Bréfritari: Soffía Daníelsdóttir
Viðtakandi: Jakobína Magnúsdóttir og Daníel Halldórsson
Dagsetning: A-1904-11-29
Skrifað á: Skeggjastöðum  N-Múl.
Soffía var dóttir Jakobínu og Daníels

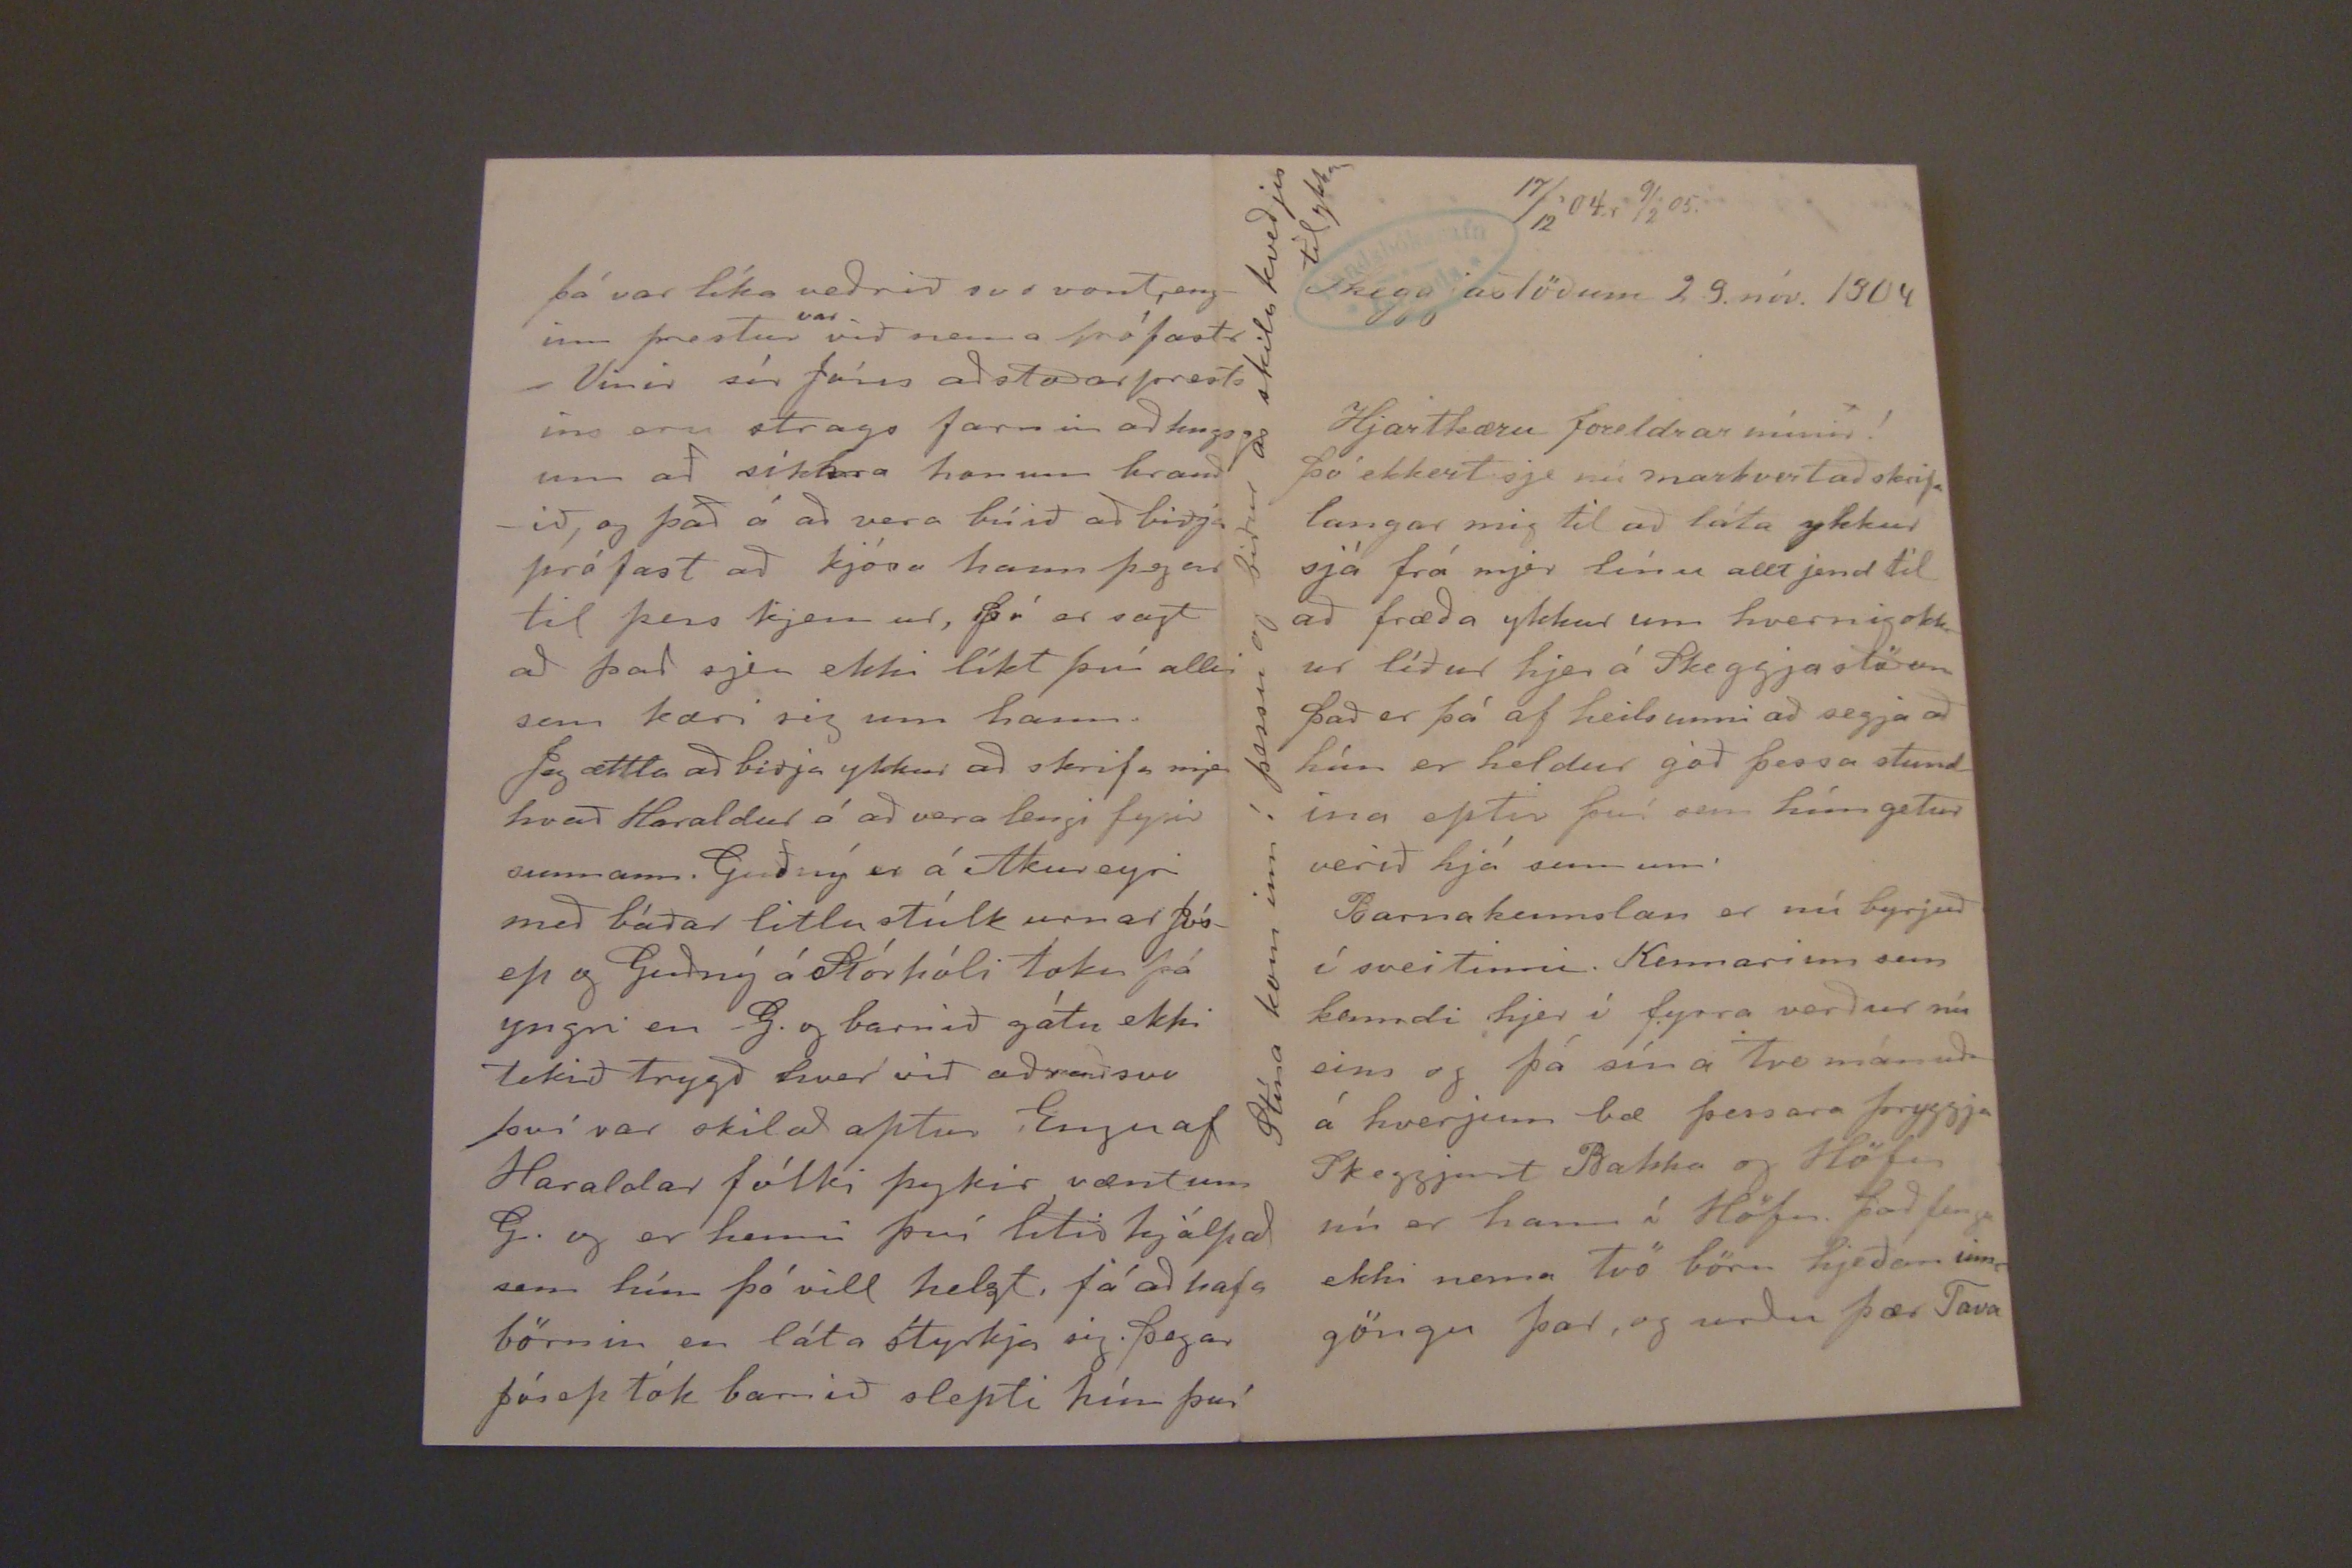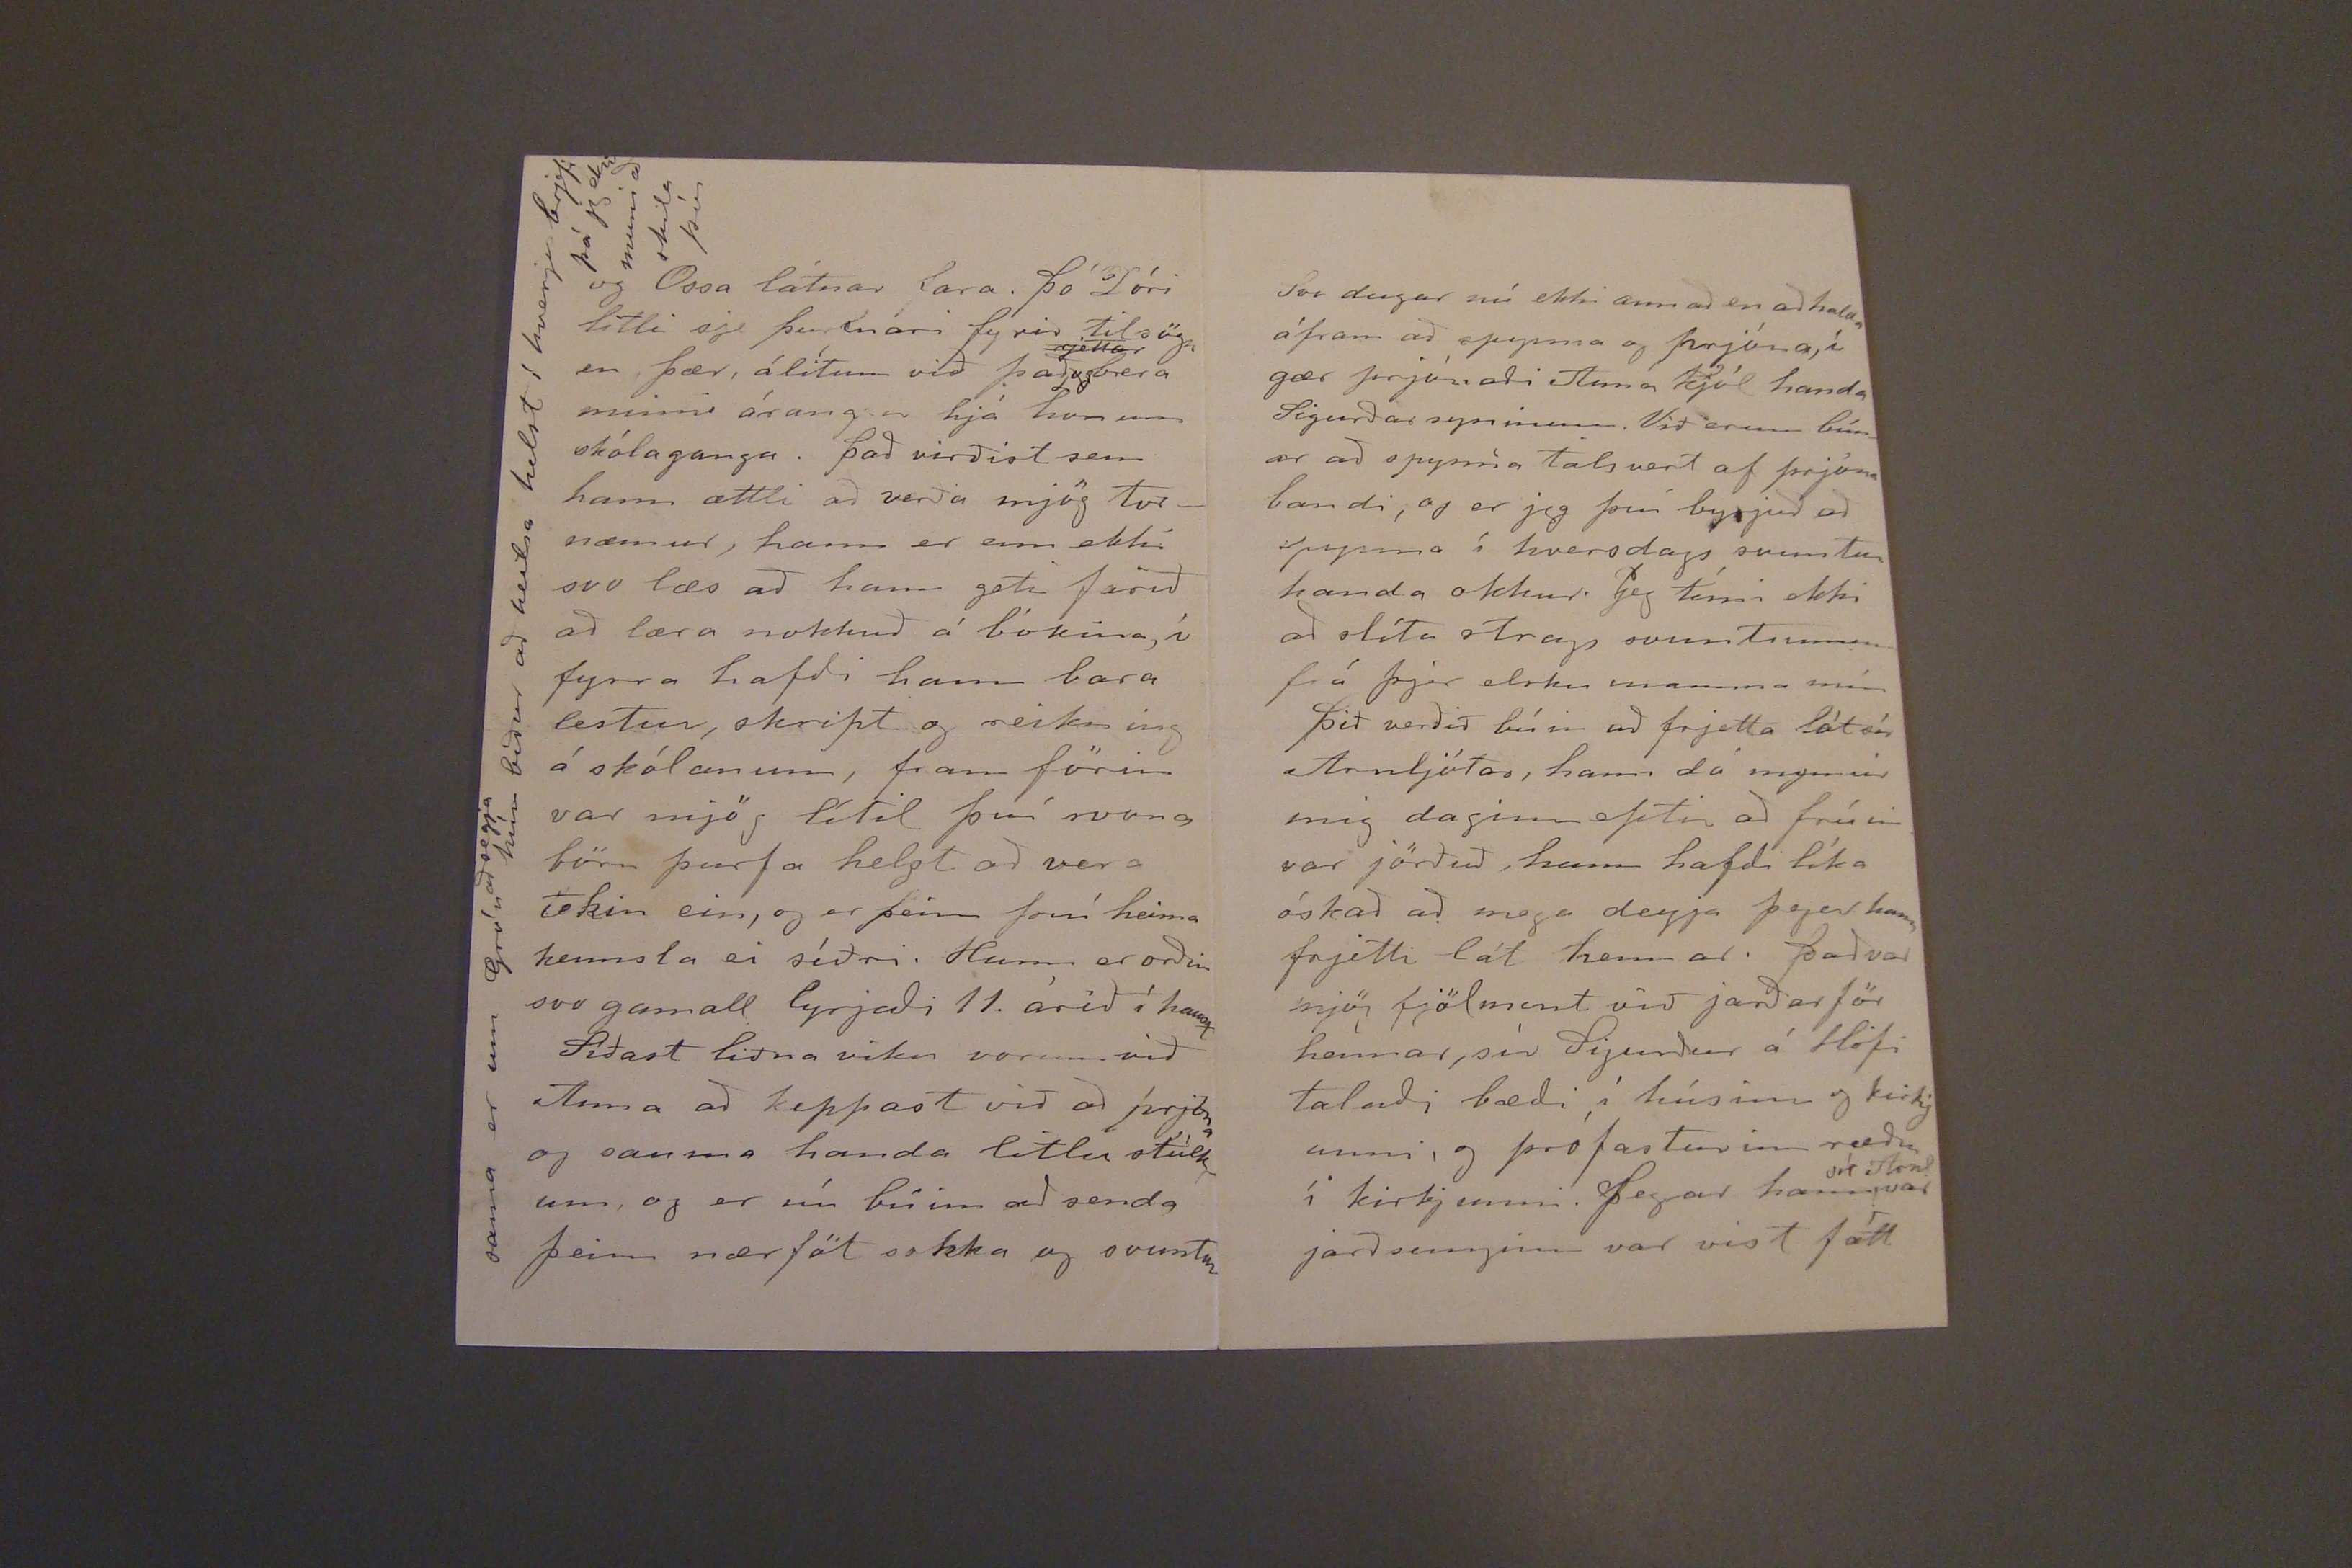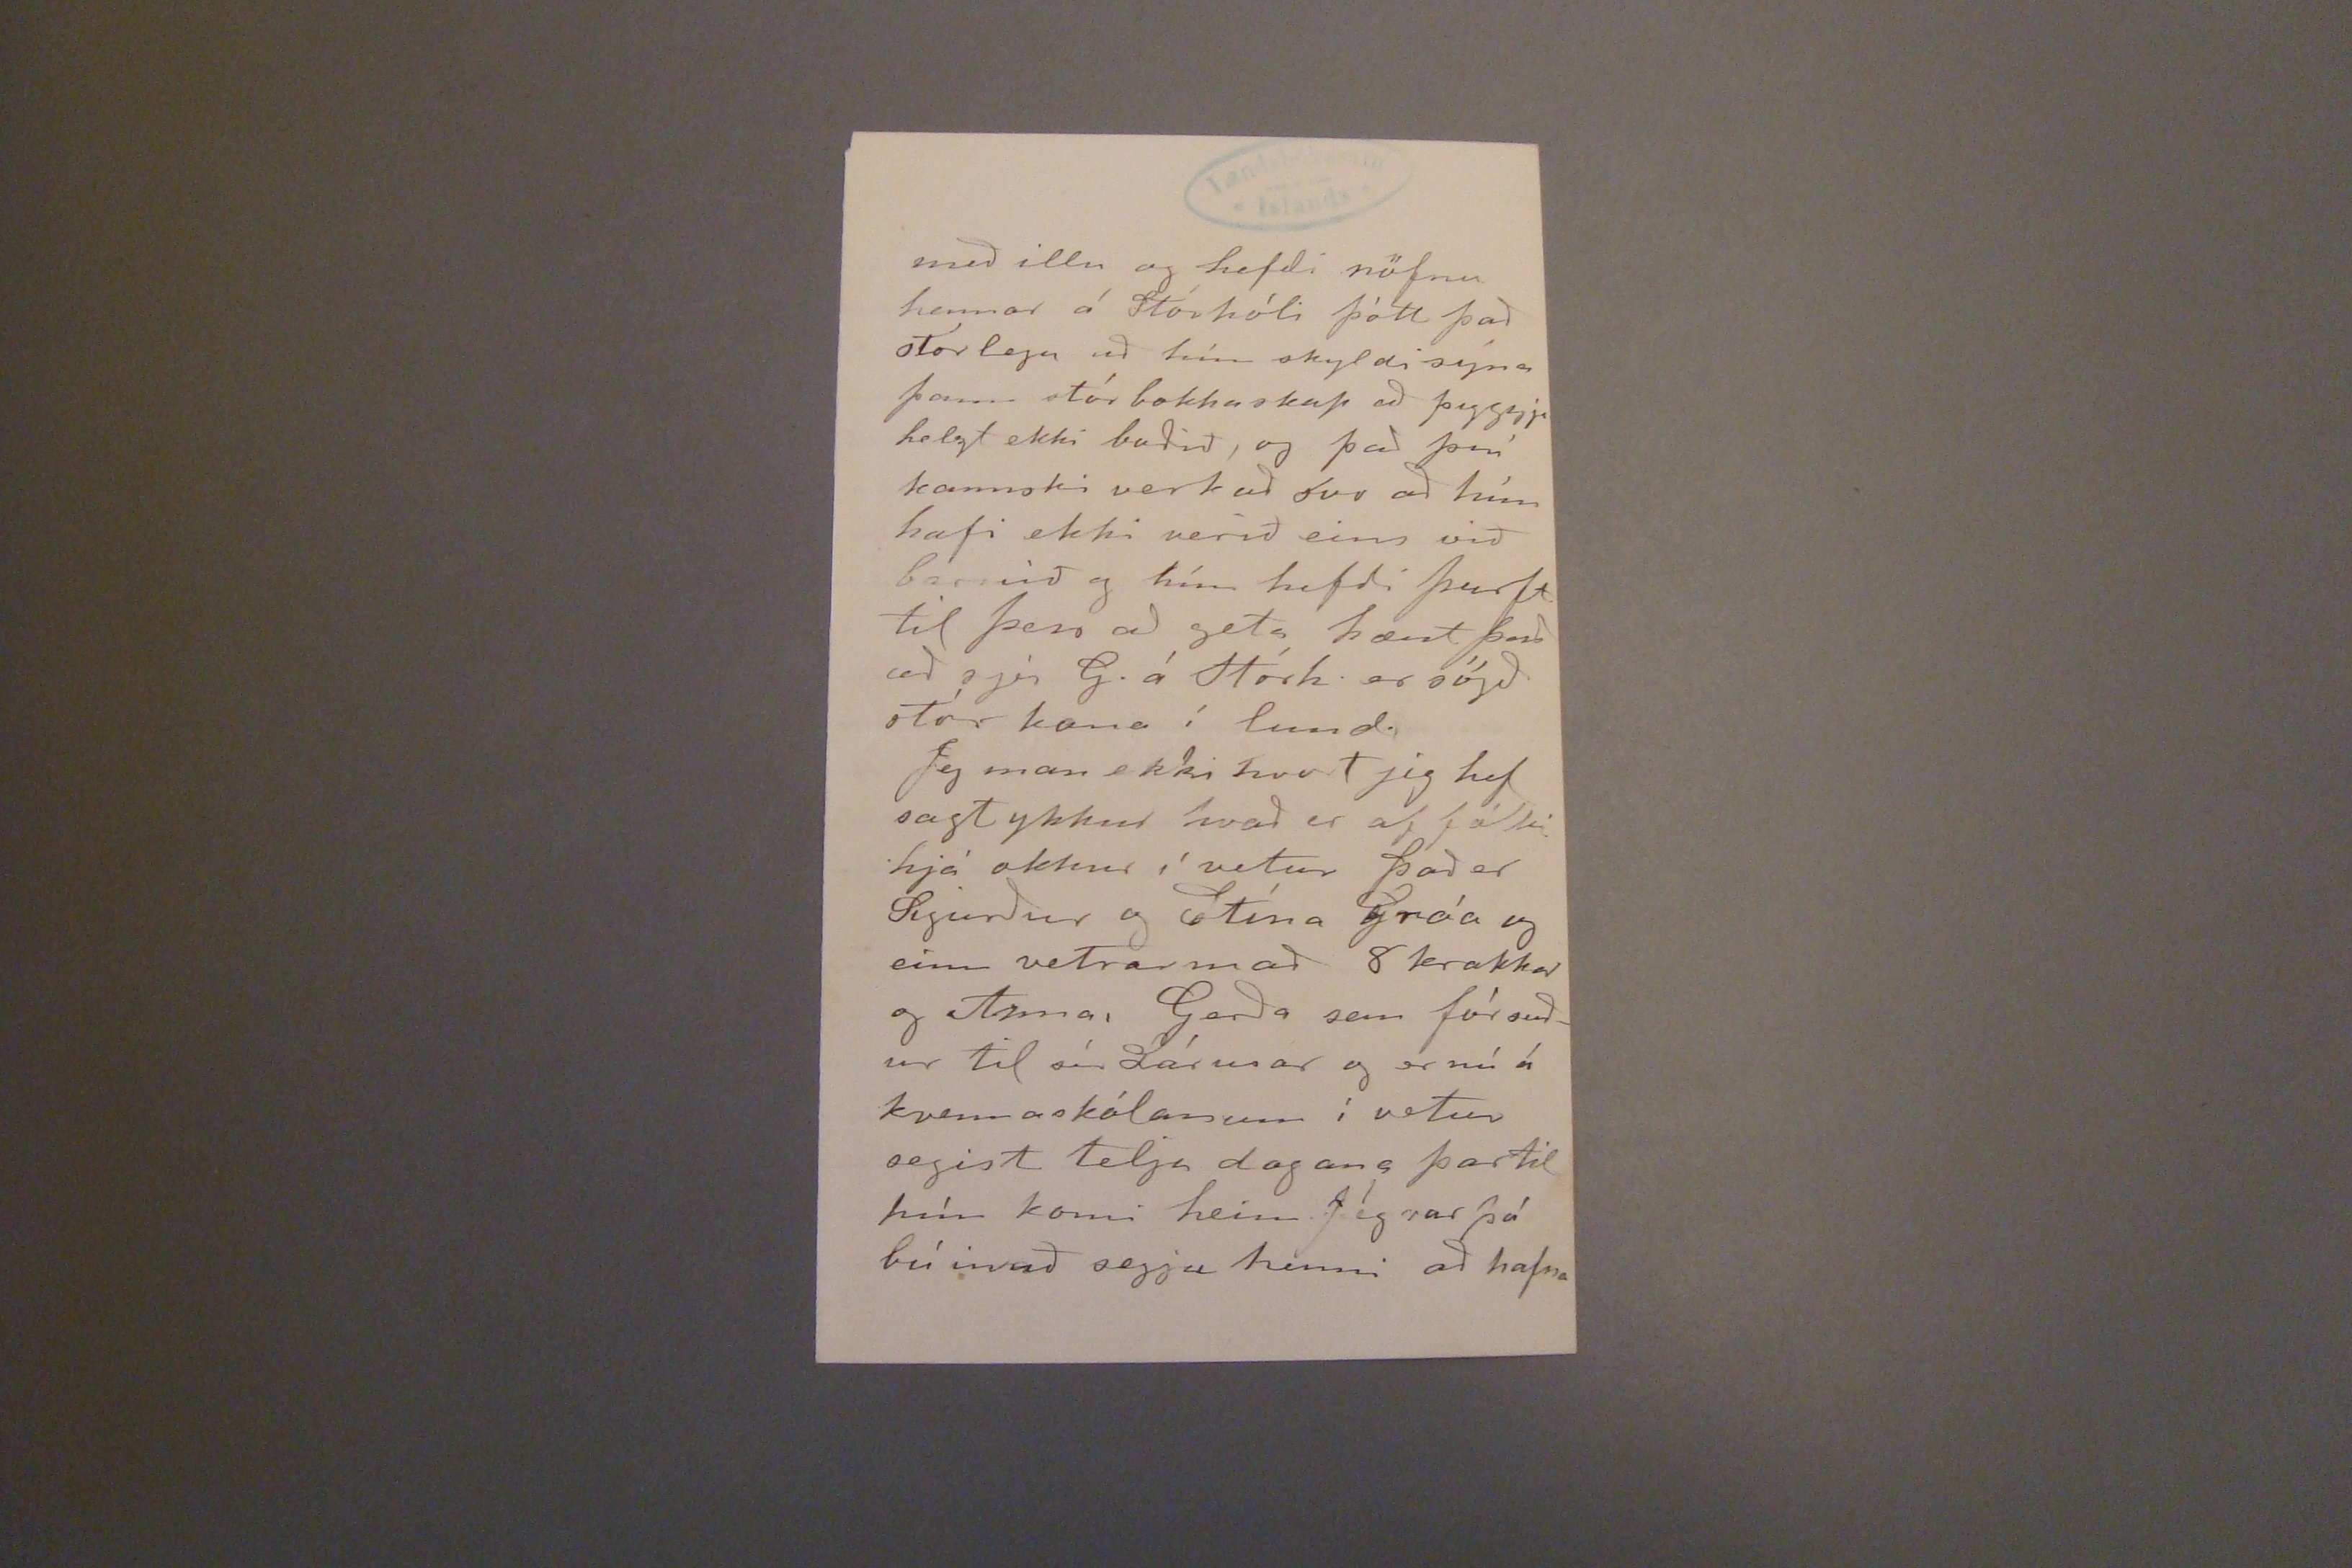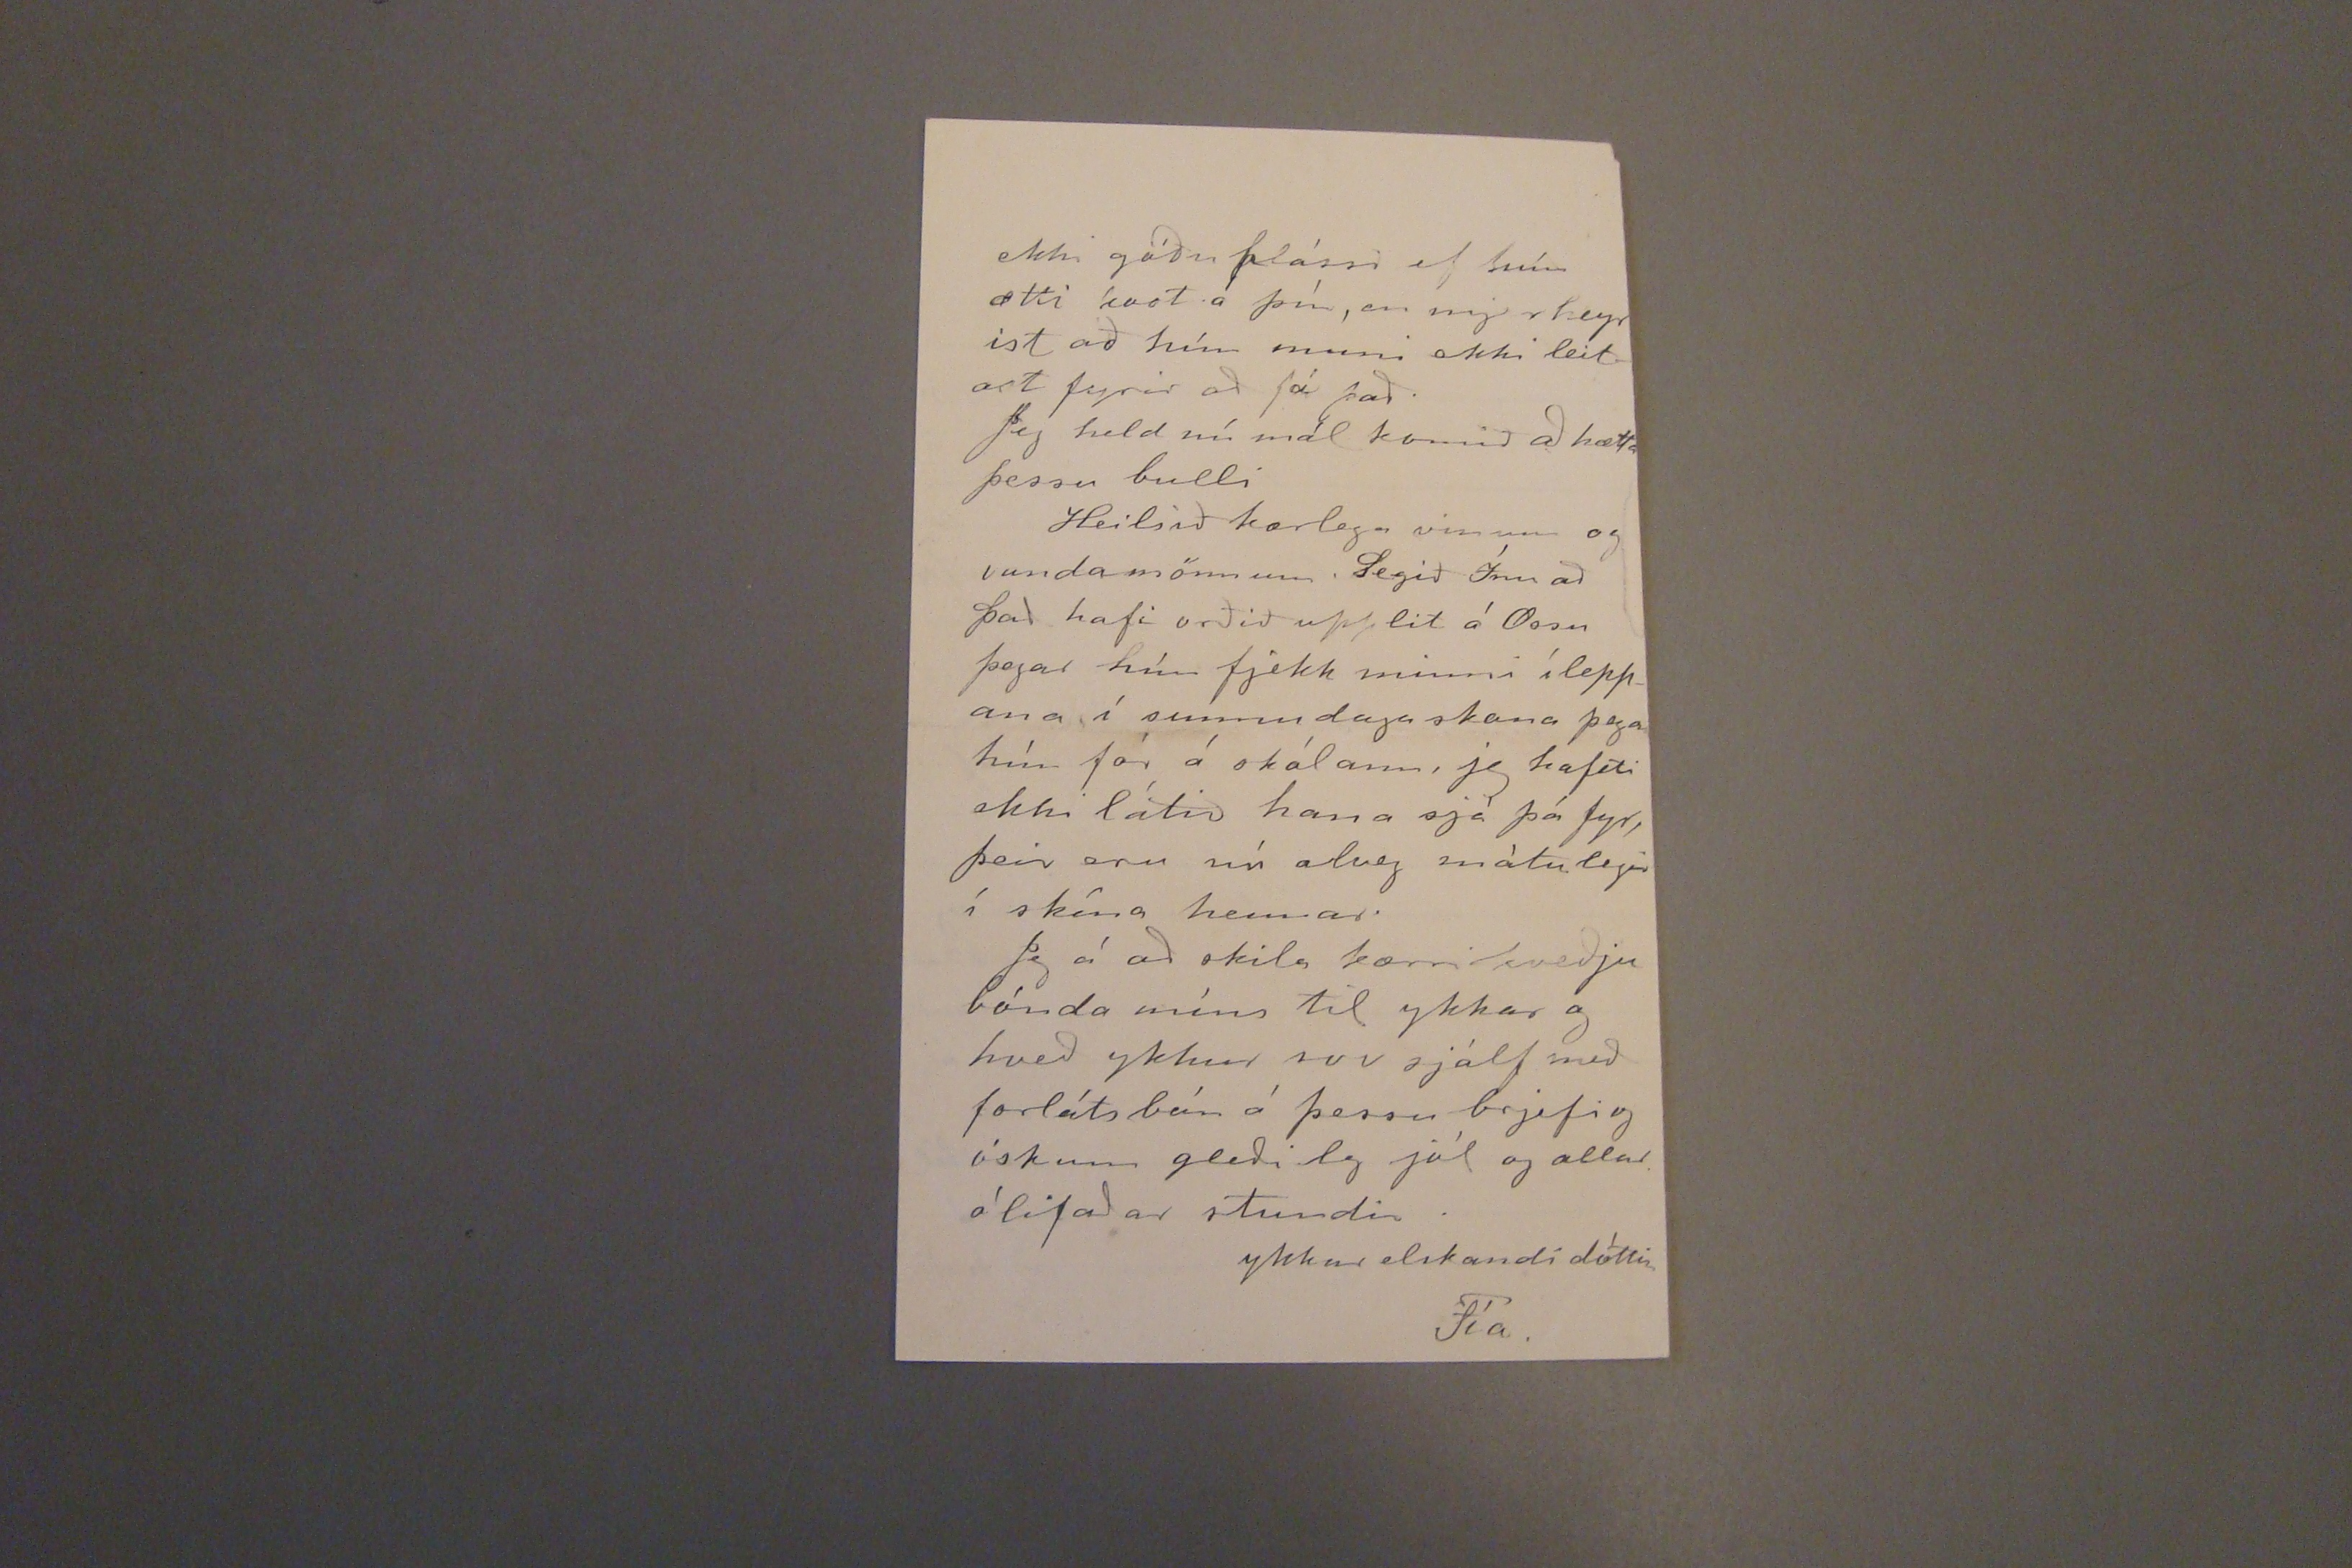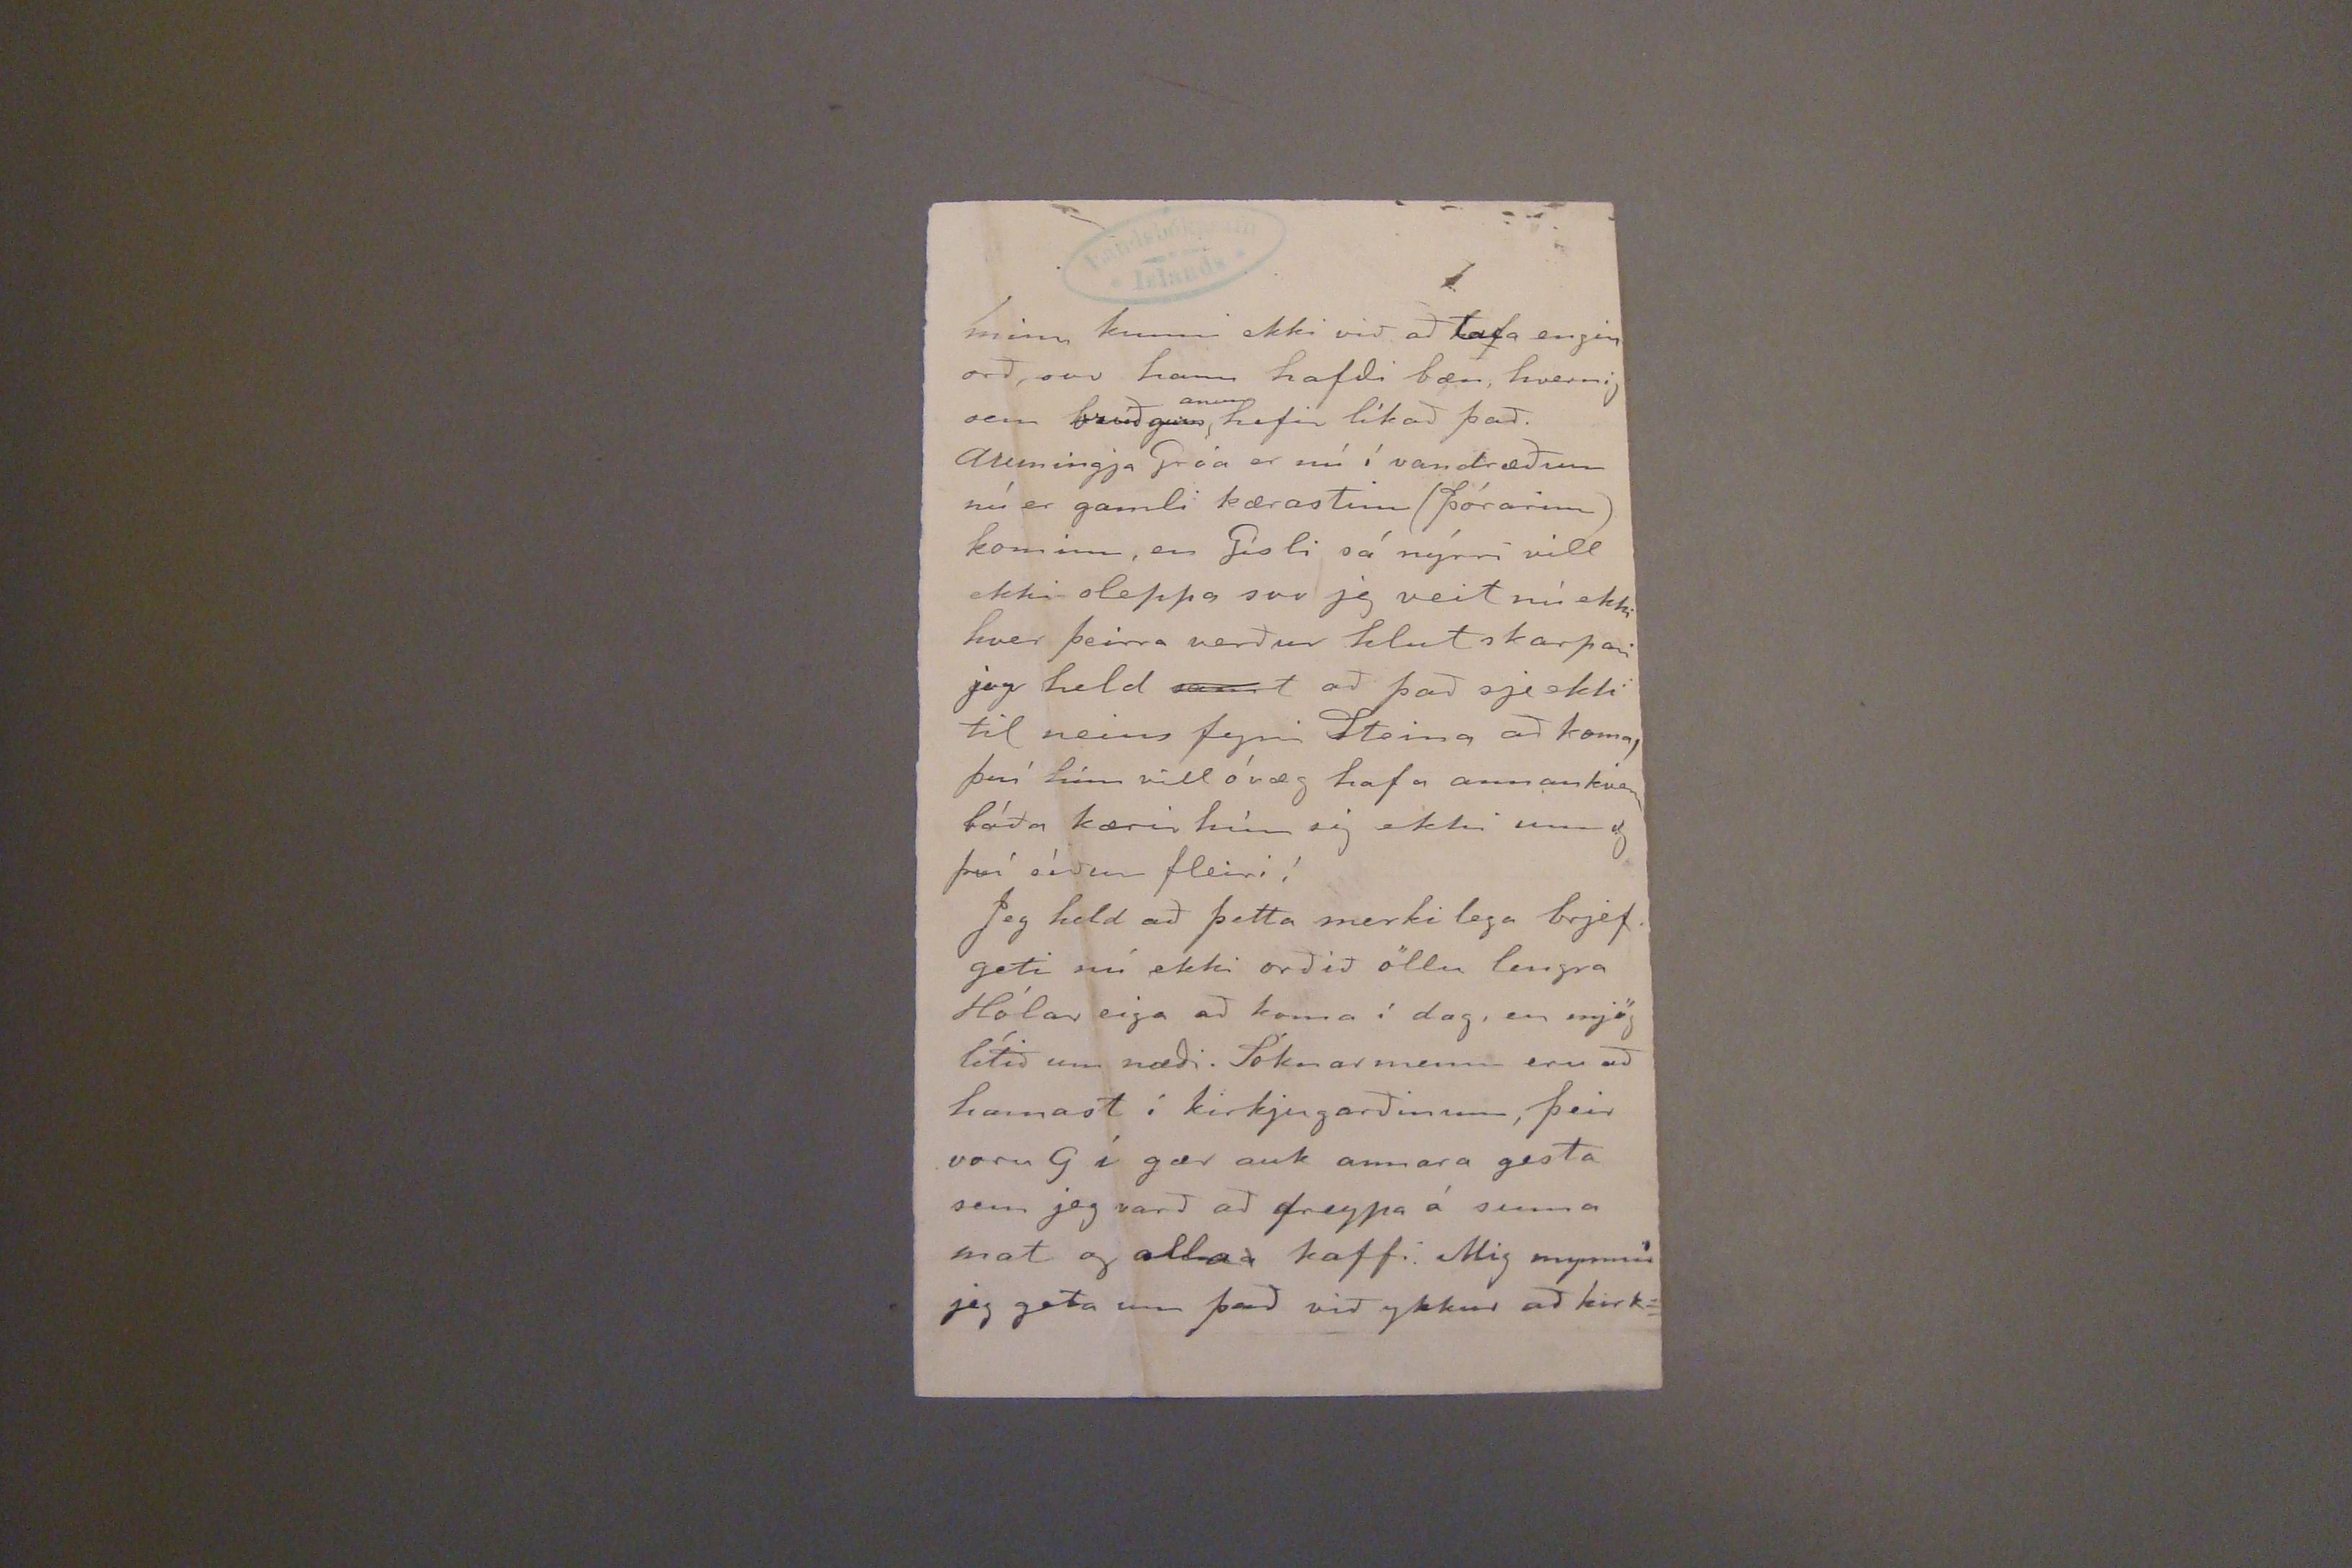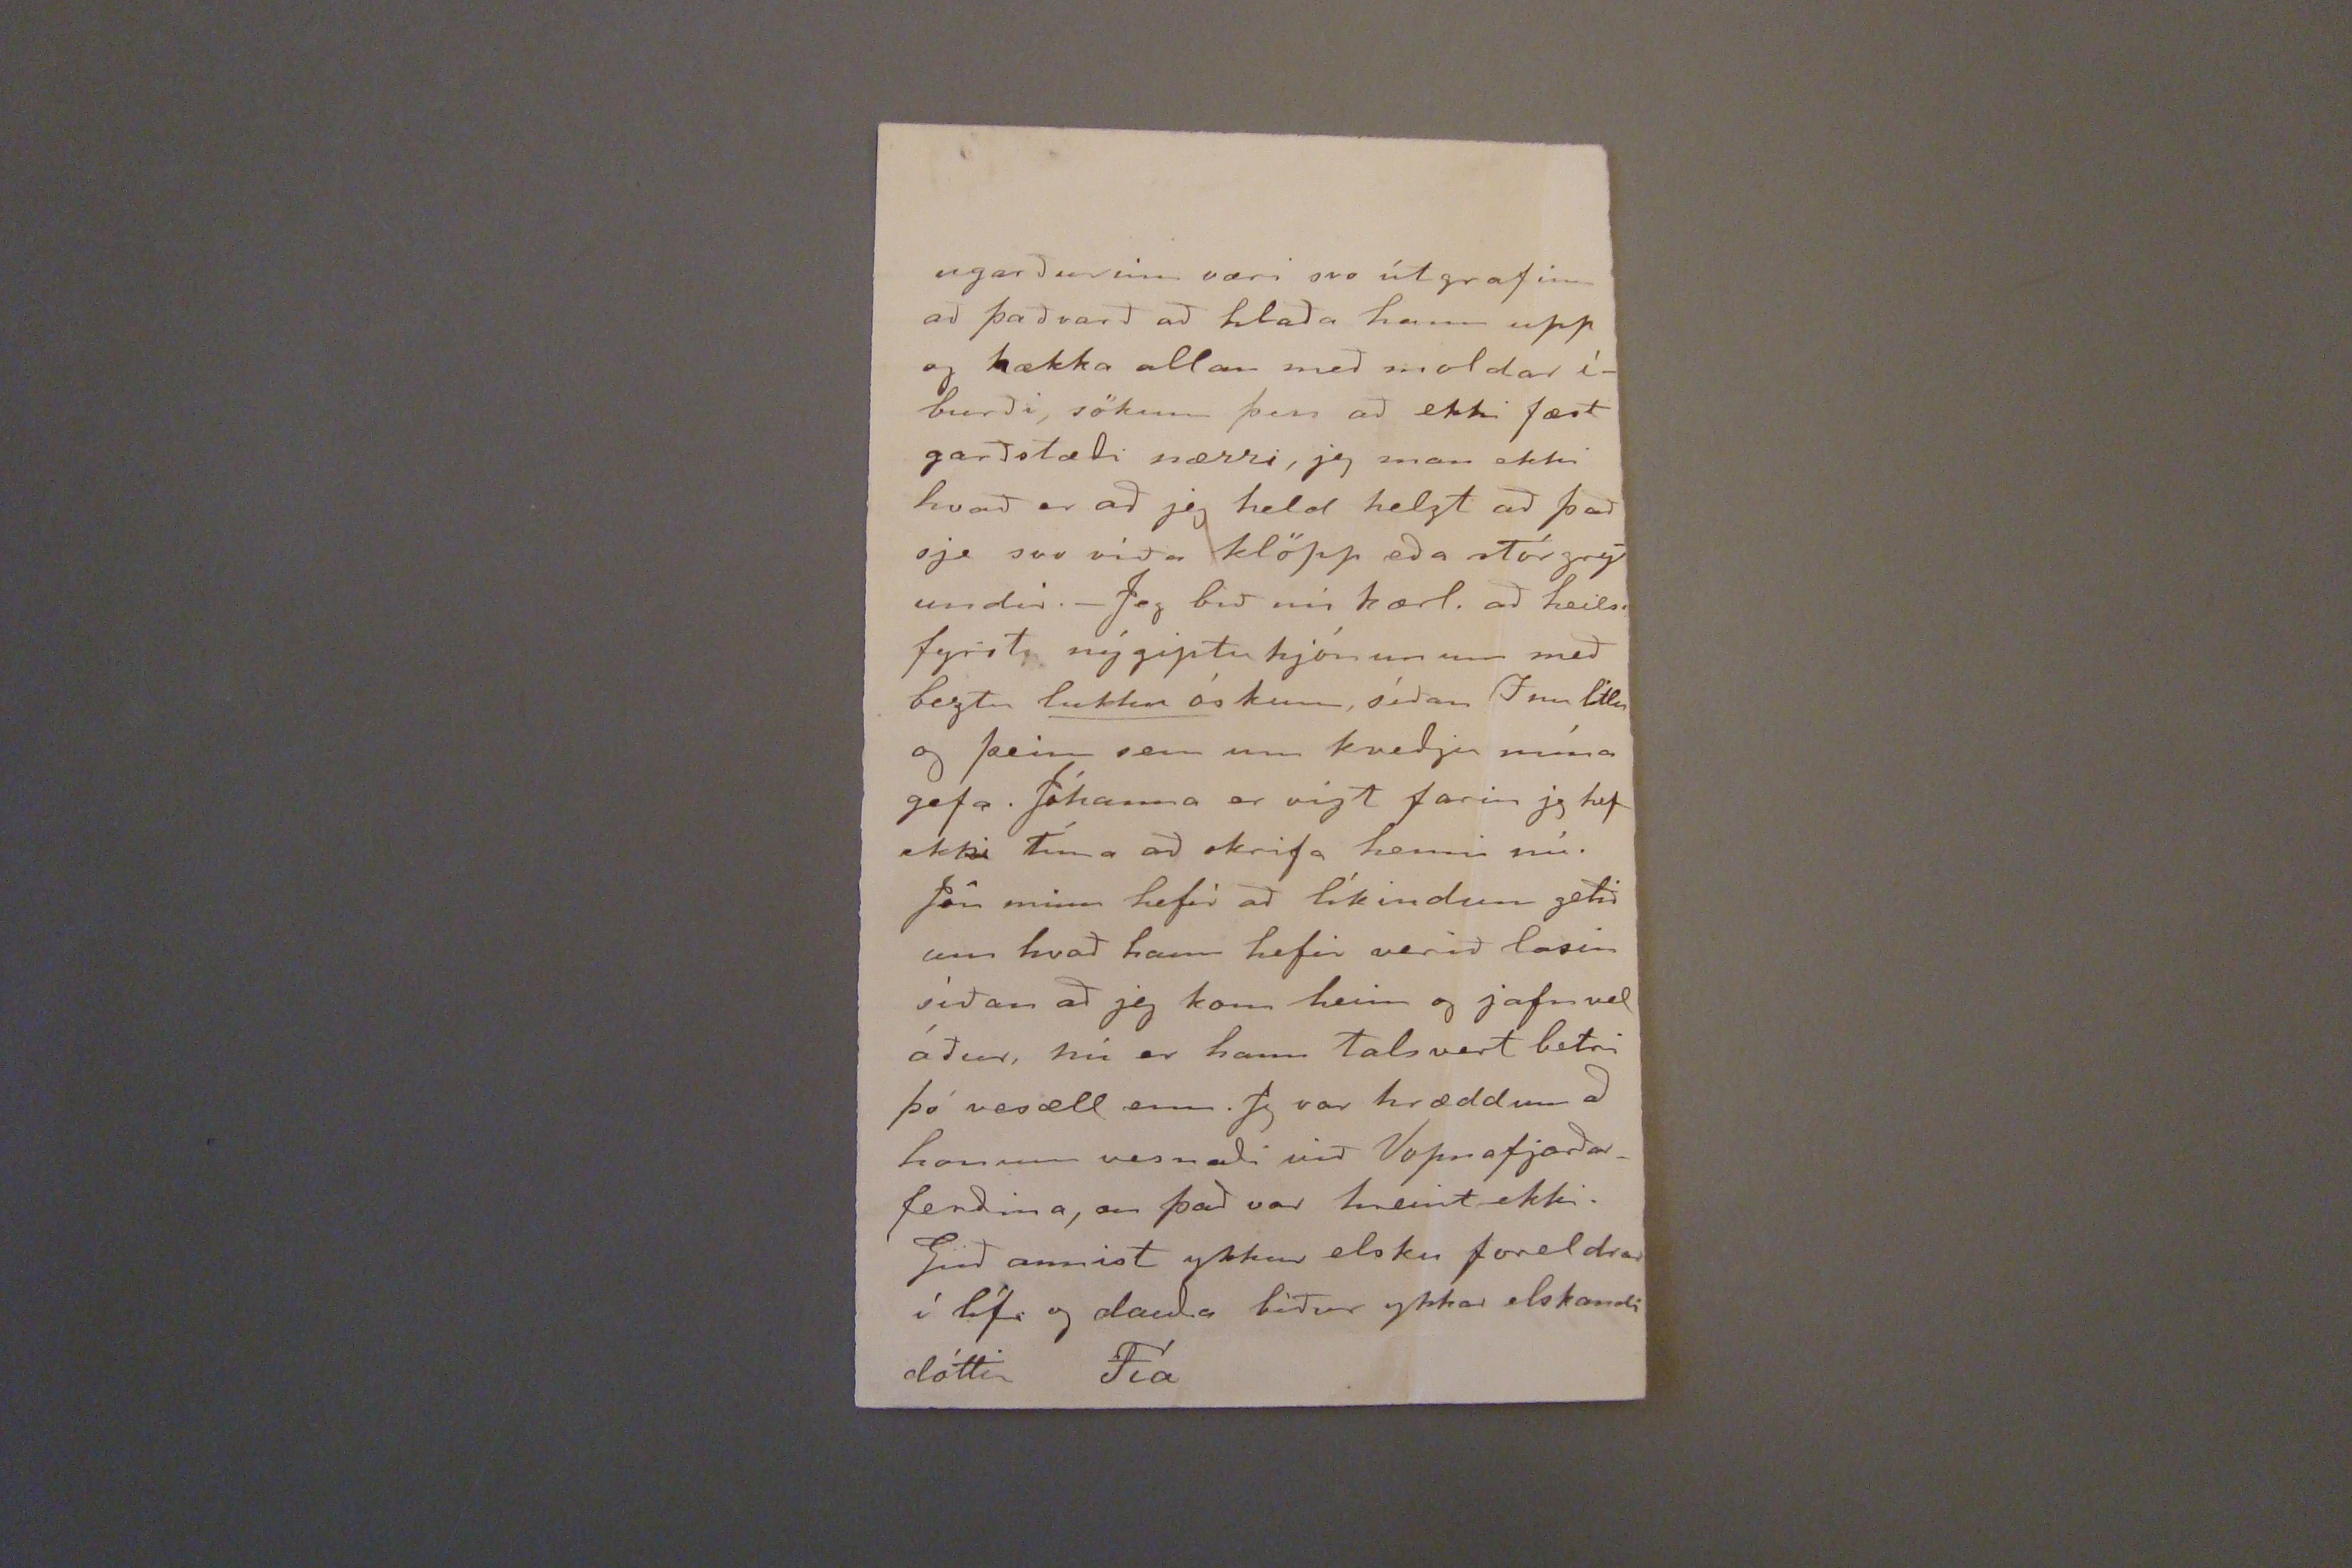

17/12'04.r 9/2'05.
Skeggjastöðum 29. nóv. 1904
Hjartkæru foreldrar mínir!
þó ekkert sje nú markvert að skrifa langar mig til að láta ykkur sjá frá mjer línu alltjend til að fræða ykkur um hvernig okkur líður hjer á Skeggjastöðum það er þá af heilsunni að segja að hún er heldur góð þessa stundina eptri því sem getur verið hjá sumum.
Barnakennslan er nú byrjuð í sveitinni. Kennarinn sem kenndi hjer í fyrra verður nú eins og þá sína tvo mánuð á hverjum bæ þessara þryggja Skeggjast Bakka og Höfn nú er hann í Höfn. það fengu ekki nema tvö börn hjeðan inngöngu þar, og urðu þær Tava
vinstri spássía: Stína kom inn í þessu og biður að skila kveðju til ykkar
og Ossa látnar fara. þó Dóri litli sje
þeim ari
fyrir tilsögn en þær, álitum við það
rjettara og
bera minni árangur hjá honum skólaganga. það virðist sem hann ættli að verða mjög tornæmur, hann er enn ekki svo læs hann geti farið að læra nokkuð á bókina, í fyrra hfaði hann bara lestur, skript og reikning á skólanum, fram förin var mjög lítil því svona börn þurfa helzt að vera tekin ein, og er þeim ví heima kennsla ei síðri. Hann er orðin svo gamall byrjaði 11. árið í haust
Síðast liðna viku vorum við Anna að keppast við að prjóna og sauma handa litlu stúlkum, og er nú búin að senda þeim nærföt sokka og svutnur
sama er um Gróu
að segja
hún biður að heilsa helst í hverju brjefi þá jeg eki muni að skila því
þá var líka veðrið svo vont, enginn prestur
var
við nema prófastr Vinir sír Jóns aðstoðarprestsins eru strags farnir að hugsa um að sikkra honum brauðið, og það á að vera búið að biðja prófast að kjósa hann þegar til þess kjemur, þá er sagt að það sjeu ekki líkt því allir sem kæri sig um hann.
Jeg ættla að biðja ykkur að skrifa mjer hvað Haraldur á að vera lengi fyrir sunnann. Guðný er á Akureyri með báðar litlu stúlkurnar Jósep og Guðný á Stórhóli toku þá yngri en G. og barnið gátu ekki tekið trygð hver við aðra svo því var skilað aptur Engu af Haraldar fólki þykir væntum G. og er henni því lítið hjálpað sem hún þó vill helzt, fá að hafa börnin en láta styrkja sig. þegar Jósep tók barnið slepti hún því
Svo dugar nú ekki annað en að halda áfram að spynna og prjóna, í gær prjónaði Anna kjól handa Sigurðar syninum. Við erum búnar að spynna talsvert af prjóna bandi, og er jeg því byrjuð að spynna í hversdags svuntur handa okkur. Jeg tími ekki að slíta strags svuntunnum frá þjer elsku mamma mín þið verðið búin að frjetta lát sír Arnljótsar, hann dó mynnir mig daginn eptir að frúin var jörðuð, hann hafði líka óskað að mega deyja þegar hann frjetti lát hennar. það var mjög fjölment við jarðarför hennar, sír Sigurður á Hofi talaði bæði í húsinu og kirkj unni, og prófasturinn ræðu í kirkjunni. þegar hann
sír Arnl.
var jarðsunginn var vist fátt
me illu og hefdi nöfnu hennar á Stórhóli þótt það stórlega að hún skyldi sýna þann stórbokkaskap að þyggja helzt ekki boðið, og það því kannski verk að svo að hún hafi ekki verið eins við barnið og hún hefði þurft til þess að geta
hænt
þess að sjá G. á Stórk, er sögð stór kona í lund.
Jeg man ekki hvort jeg hef sagt ykkur hvað er af fólki hjá okkur í vetur það er Sigurður og Stína Gróa og einn vetrar mað 8 krakkar og Anna, Gerða sem fór suður til sír Lárusar og er nú á kvennaskólanum í vetur segist telja dagana þar til hún komi heim. Jeg var þá búin að segja henni að hafna
ekki góðu plássi ef hún ætti kost á því, en mjer heyrist að hún muni ekki leitast fyrir að fá það.
Jeg held nú mál komið að hætta þessu bulli
Heilsið kærlega vinum og vandamönnum. Segið Ínu að það hafi orðið upplit á Ossu þegar hún fjekk minni í leppana í sunnudaga skona þega hún fór á skólann, jeg hafði ekki látið hana sjá þá fyr þeir eru nú alveg mátulegir í skóna hennar.
Jeg á að skila kærri kveðju bónda míns til ykkar og kveð ykkur svo sjálf með forlátsbón á þessu brefi og óskum gleðileg jól og allar ólifaðar stundir
ykkur elskandi dóttir
Fía.
ugarðurinn væri svo útgrafinn að það varð að hlaða hann upp og hækka allan með moldar íburði, sökum þess að ekki fæst garðstæði nærri, jeg man ekki hvað er að jeg held helzt að það sje svo víða klöpp eða stórgrý undir.- Jeg bið nú kærl. að heilsa fyrstu nýgiptu hjónunum með beztu
lukku
óskum, síðan Inu litlu og þeim sem um kveðju mína geta. Jóhanna er vízt farin jeg hef ekki tíma að skrifa henni nú. Jón minn hefir að líkindum getið um hvað hann hefir verið lasin síðan að jeg kom heim og jafnvel áður, nú er hann talsvert betri þó vesæll enn. Jeg var hræddum að honum vesnaði við Vopnafjarðarferðina, en það var hreint ekki. Guð annist ykkur elsku foreldrar í lífi og dauða biður ykkar elskandi dóttir Fía
minn kunni ekki við að hafa engin orð, svo hann hafði bæn, hvernig sem
brúðgum
anum
hefir líkað það. Aumingja Gróa er nú í vandræðum nú er gamli kærastinn (þórarinn) kominn, en Gísli sá nýrri vill ekki sleppa svo jeg veit nú ekki hver þeirra verður hlutskarpari jeg held
samt
að það sje ekki til neins fyrir Steina að koma, því hún vill óvæg hafa annankvenn báða kærir hún sig ekki um og því síður fleiri ;
Jeg held að þetta merkilega brjef geti nú ekki orðið öllu lengra Hólar eiga að koma í dag, en mjög lítið um næði. Sóknarmenn eru að hamast í kirkjugarðinum, þeir voru G í gær auk annara gesta sem jeg varð að freypa á suma mat og alla kaffi. Mig mynnir jeg geta um það við ykkur að kirk-